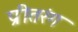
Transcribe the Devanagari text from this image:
प्रीतरंग